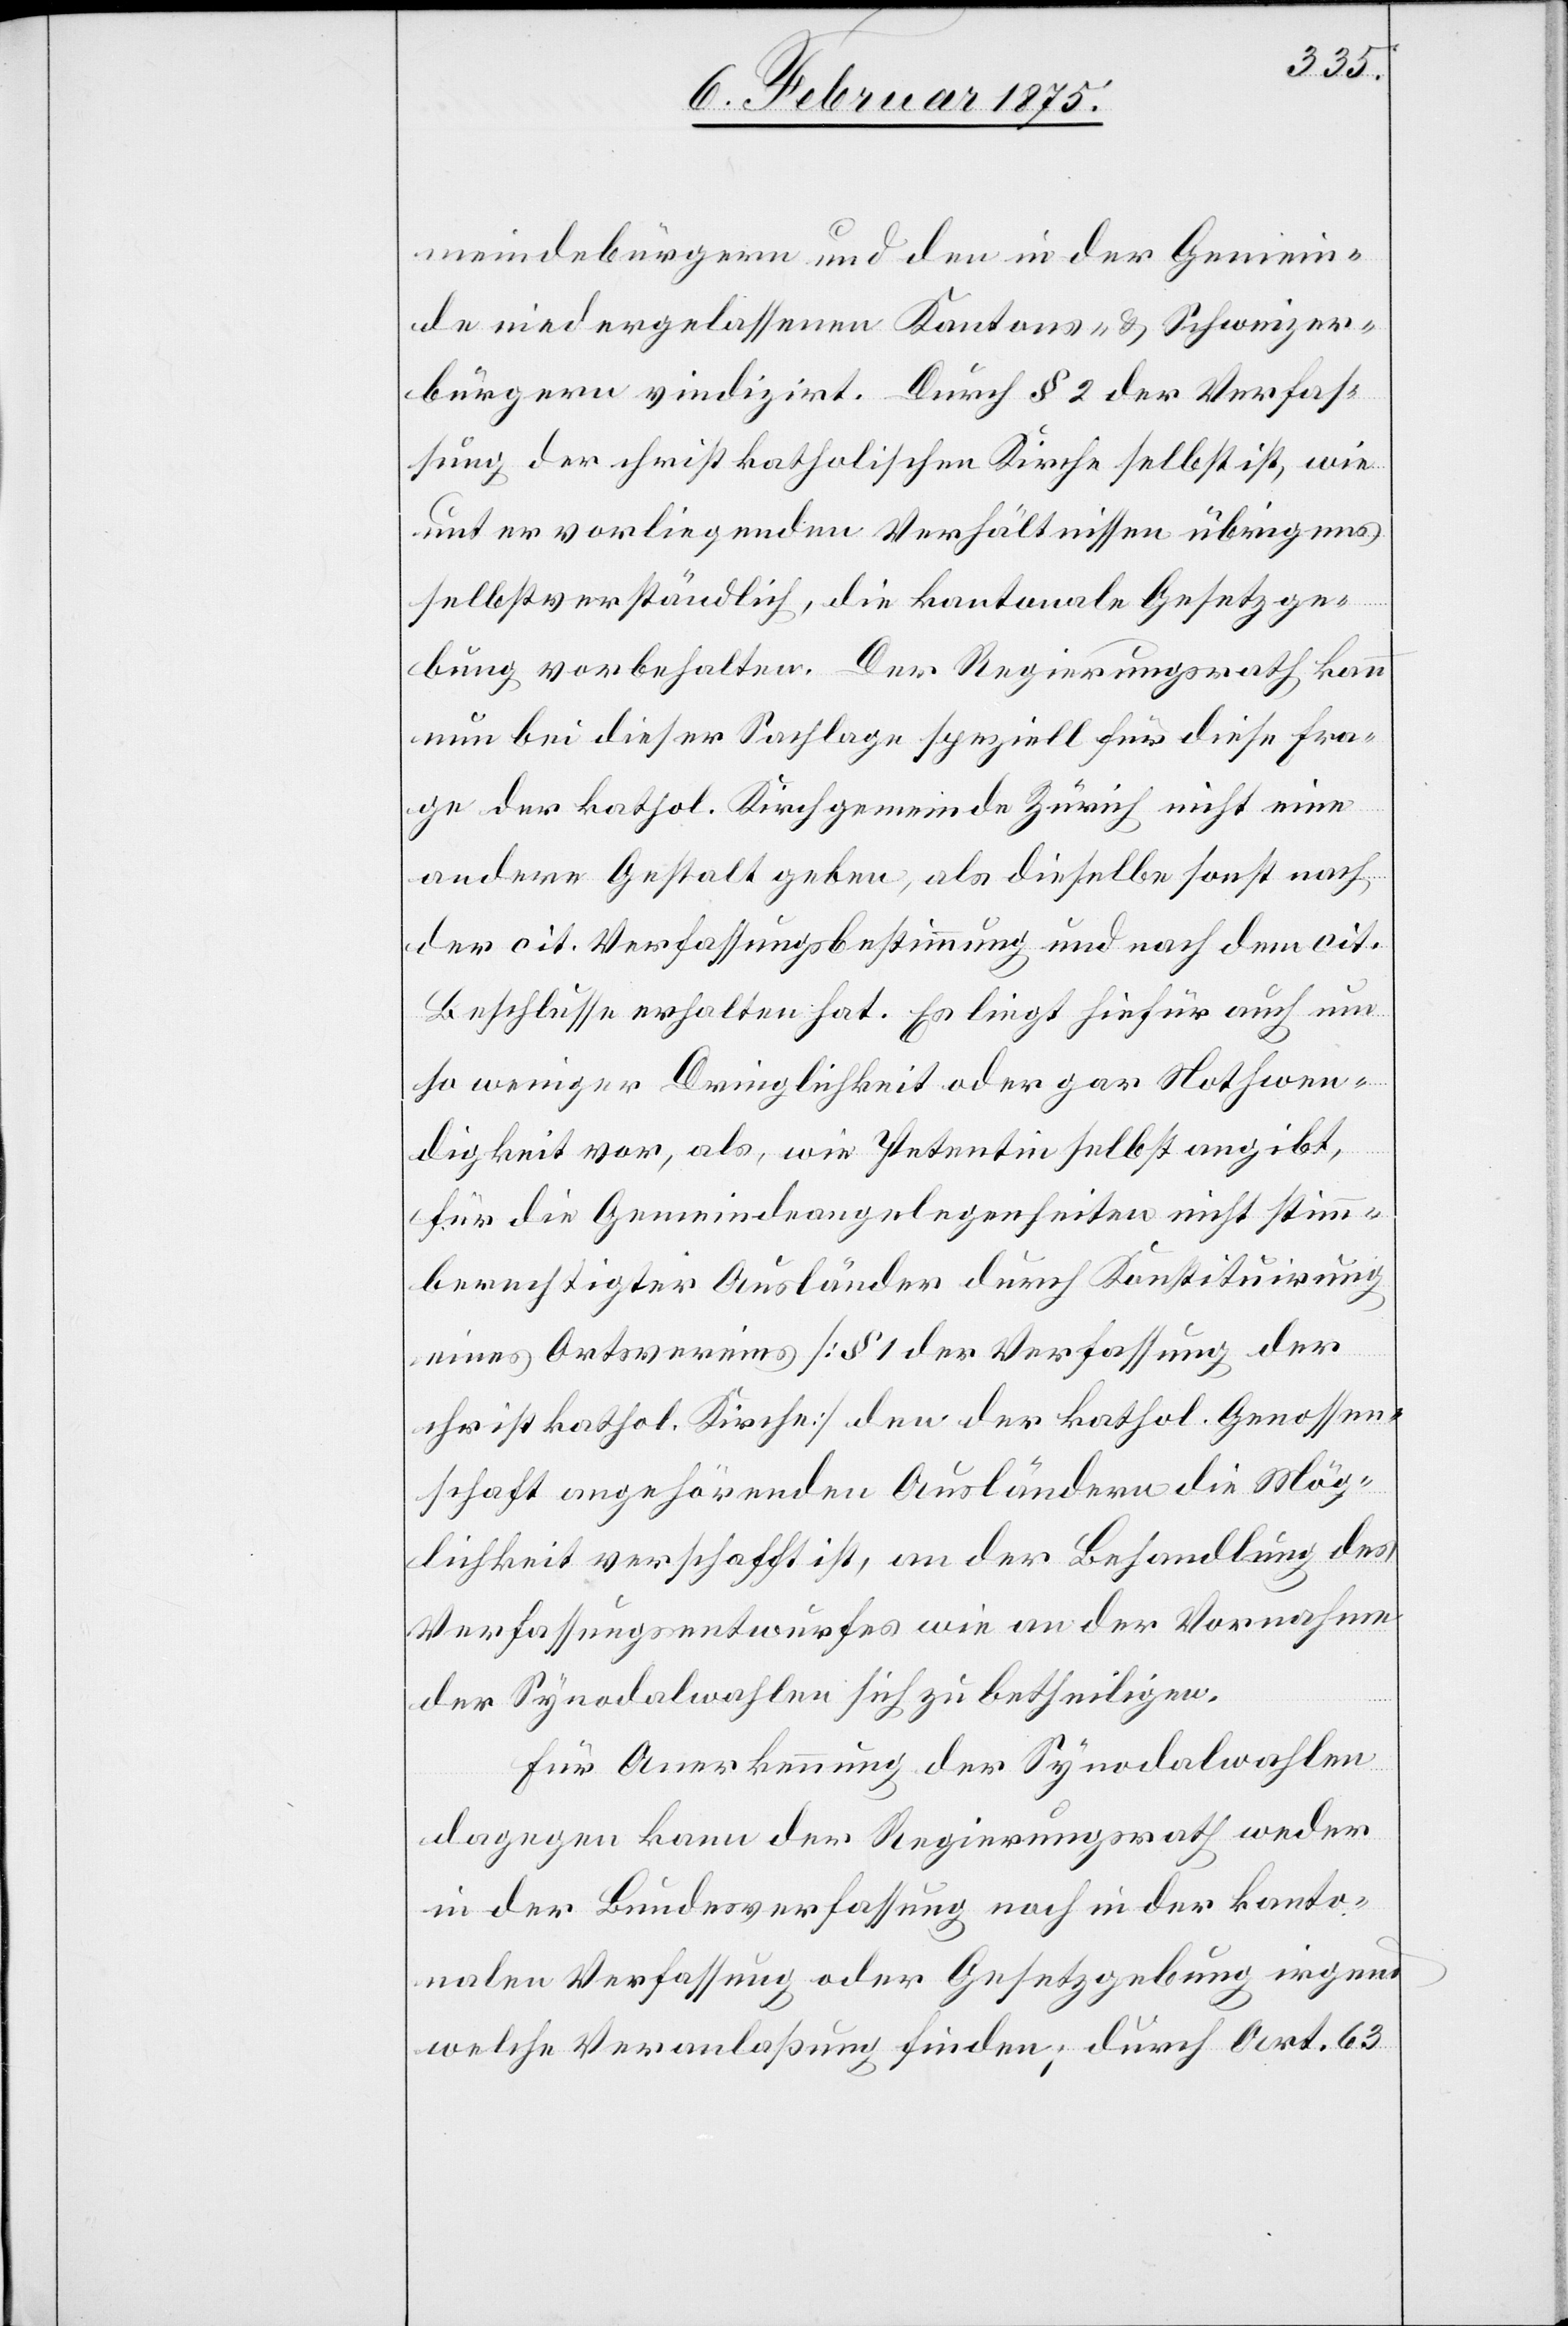
meindebürgern und den in der Gemein¬
de niedergelassenen Kantons- & Schweizer¬
bürgern vindizirt. Durch § 2 der Verfas¬
sung der christkatholischen Kirche selbst ist, wie
unter vorliegenden Verhältnissen übrigens
selbstverständlich, die kantonale Gesetzge¬
bung vorbehalten. Der Regierungsrath kann
nun bei dieser Sachlage speziell für diese Fra¬
ge der kathol. Kirchgemeinde Zürich nicht eine
andere Gestalt geben, als dieselbe sonst nach
der cit. Verfassungsbestimmung und nach dem cit.
Beschlusse erhalten hat. Es liegt hiefür auch um
so weniger Dringlichkeit oder gar Nothwen¬
digkeit vor, als, wie Petentin selbst angibt,
für die Gemeindeangelegenheiten nicht stimm¬
berechtigter Ausländer durch Konstituirung
eines Ortsvereines (§ 1 der Verfassung der
christkathol. Kirche) den der kathol. Genossen¬
schaft angehörenden Ausländern die Mög¬
lichkeit verschafft ist, an der Behandlung des
Verfassungsentwurfes wie an der Vornahme
der Synodalwahlen sich zu betheiligen.
Für Anerkennung der Synodalwahlen
dagegen kann der Regierungsrath weder
in der Bundesverfassung noch in der kanto¬
nalen Verfassung oder Gesetzgebung irgend
welche Veranlaßung finden; durch Art. 63